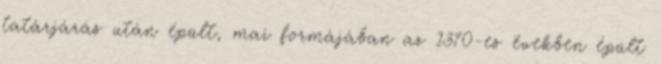
tatárjárás után épült, mai formájában az 1370-es években épült